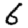
Digit: 6